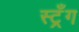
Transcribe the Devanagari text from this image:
स्ट्रँग